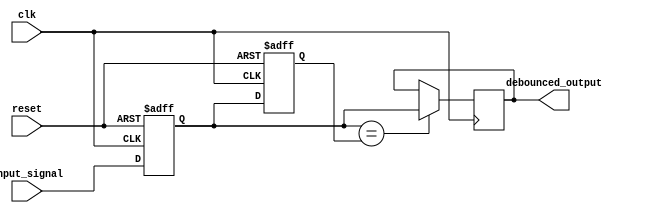
module debounce_circuit (
    input clk,
    input reset,
    input input_signal,
    output reg debounced_output
);

reg current_state;
reg previous_state;

always @(posedge clk or posedge reset) begin
    if (reset) begin
        current_state <= 1'b0;
        previous_state <= 1'b0;
    end else begin
        current_state <= input_signal;
        previous_state <= current_state;
    end
end

always @(posedge clk) begin
    if (current_state == previous_state) begin
        debounced_output <= current_state;
    end
end

endmodule